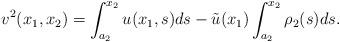
LaTeX: \begin{align*}v^2(x_1,x_2) =\int_{a_2}^{x_2}u(x_1,s)ds -\tilde u(x_1) \int_{a_2}^{x_2} \rho_2(s) ds.\end{align*}